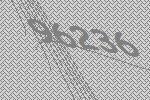
96236